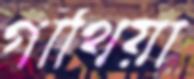
গাঁথিয়া